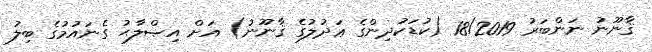
ޤާނޫނު ނަންބަރު 18/2019 (ކުޑަކުދިންގެ ޢަދުލުގެ ޤާނޫނު) އަށް އިޞްލާޙު ގެނައުމުގެ ބިލު